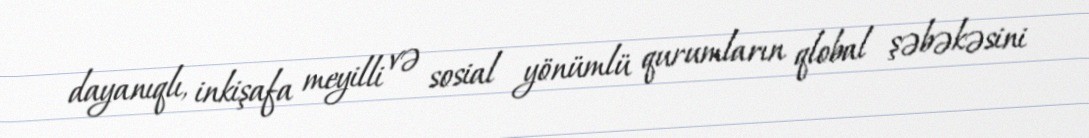
dayanıqlı, inkişafa meyilli və sosial yönümlü qurumların qlobal şəbəkəsini